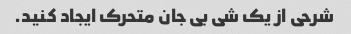
شرحی از یک شی بی جان متحرک ایجاد کنید.